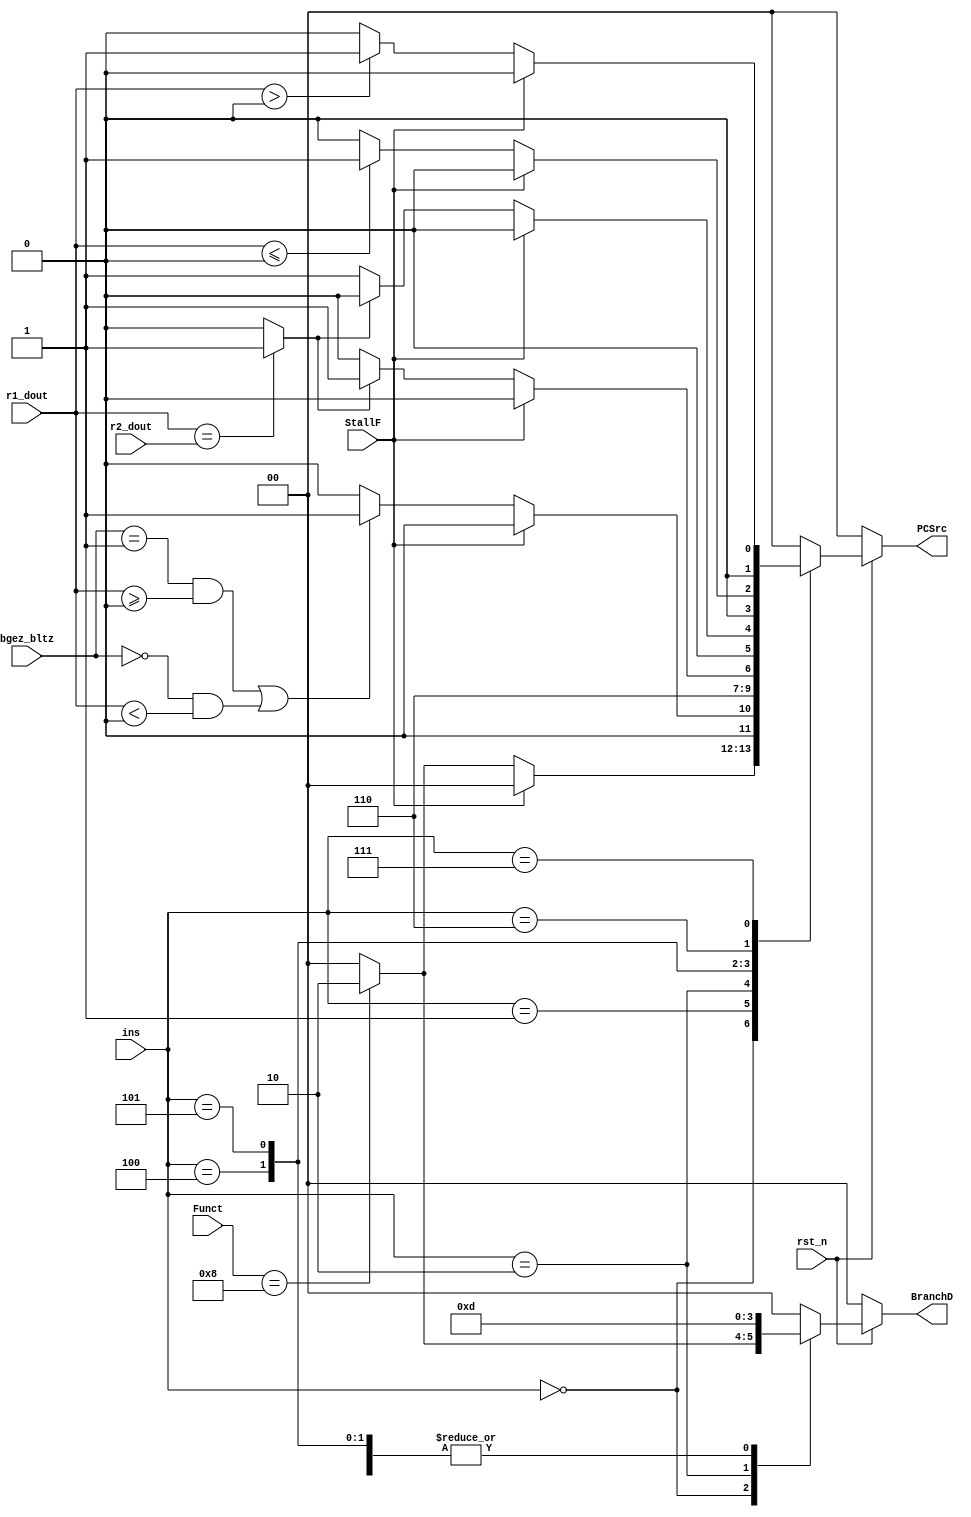
`timescale 1ns / 1ps
//////////////////////////////////////////////////////////////////////////////////
// Company: 
// Engineer: 
// 
// Design Name: 
// Module Name:    PCSrc_BranchD 
// Project Name: 
// Target Devices: 
// Tool versions: 
// Description: 
//
// Dependencies: 
//
// Revision: 
// Revision 0.01 - File Created
// Additional Comments: 
//
//////////////////////////////////////////////////////////////////////////////////
module PCSrc_BranchD(
   input rst_n,
   input signed [31:0]r1_dout,
	input signed [31:0]r2_dout,
	input [5:0]ins,
	input [5:0]Funct,
	input [4:0]bgez_bltz,
	input StallF,
	output reg [1:0]PCSrc,
	output reg [1:0]BranchD
    );
 wire EqualD;
 assign EqualD = (r1_dout==r2_dout)?1:0;
 always@(*)
 begin
    if(~rst_n)  PCSrc = 2'd0;
	 else
	   begin
	    case(ins)
		 6'h00: begin if(StallF) PCSrc = 2'd0; 
		        else if(Funct==6'h08)  PCSrc = 2'd2;
				  else PCSrc = 2'd0; end//jr
		 6'h01: begin if(StallF) PCSrc = 2'd0; 
		        else if((bgez_bltz==5'd1&&r1_dout>=32'd0)||(bgez_bltz==5'd0&&r1_dout<32'd0)) PCSrc = 2'd1;
 				  else PCSrc = 2'd0; end//bgez bltz
		 6'h02: PCSrc = 2'd3;//j
		 6'h04: begin if(StallF) PCSrc = 2'd0;
        	  	  else if(EqualD) PCSrc = 2'd1; 
				  else PCSrc = 2'd0; end//beq
		 6'h05: begin if(StallF) PCSrc = 2'd0; 
		        else if(EqualD) PCSrc = 2'd0; 
				  else PCSrc = 2'd1; end//bne
		 6'h06: begin if(StallF) PCSrc = 2'd0; 
		        else if(r1_dout<=32'd0) PCSrc = 2'd1; 
				  else PCSrc = 2'd0; end//blez
	    6'h07: begin if(StallF) PCSrc = 2'd0; 
		        else if(r1_dout>32'd0) PCSrc = 2'd1; 
				  else PCSrc = 2'd0; end//bgtz
		 default: PCSrc = 2'd0;
		 endcase
		end
 end
 
 always@(*)
 begin
   if(~rst_n)  BranchD = 2'd0;
	else
	 begin
    case(ins)
	 6'h00:  begin if(Funct==6'h08) BranchD = 2'd2; //jr
	         else BranchD = 2'd0; end
	 6'h01:  BranchD = 2'd1;//bgezbltz
	 6'h02:  BranchD = 2'd3;//j
	 6'h04:  BranchD = 2'd1;//beq
	 6'h05:  BranchD = 2'd1;//bne
	 6'h06:  BranchD = 2'd1;//blez
    6'h07:  BranchD = 2'd1;//bgtz
    default: BranchD = 2'd0;
	 endcase
	 end
 end

endmodule